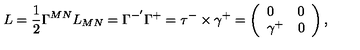
L = \frac { 1 } { 2 } \Gamma ^ { M N } L _ { M N } = \Gamma ^ { - ^ { \prime } } \Gamma ^ { + } = \tau ^ { - } \times \gamma ^ { + } = \left( \begin{array} { l l } { 0 } & { 0 } \\ { \gamma ^ { + } } & { 0 } \\ \end{array} \right) ,